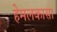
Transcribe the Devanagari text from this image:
हेमलकासा